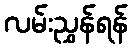
လမ်းညွှန်ရန်